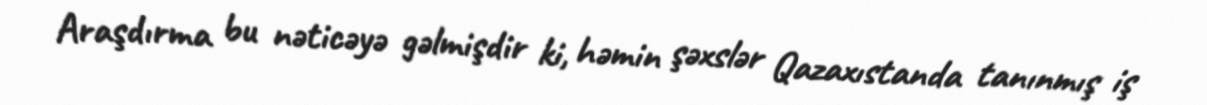
Araşdırma bu nəticəyə gəlmişdir ki, həmin şəxslər Qazaxıstanda tanınmış iş